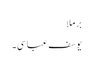
برملا
یوسف عباسی۔